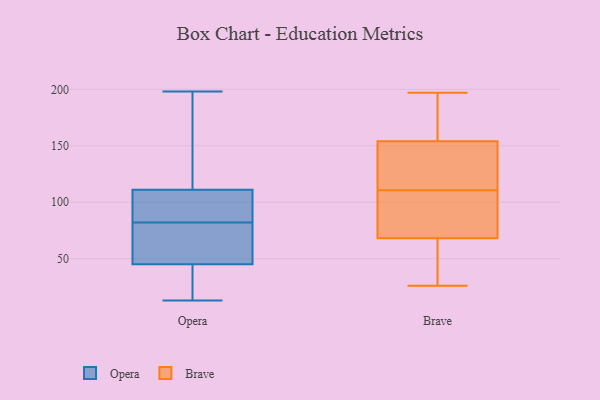
{"axis": {"x": "Backlog", "y": "Value"}, "legend": ["Brave", "Opera"], "data": [{"x": "", "y": 23, "type": "Opera"}, {"x": "", "y": 33, "type": "Opera"}, {"x": "", "y": 13, "type": "Opera"}, {"x": "", "y": 59, "type": "Opera"}, {"x": "", "y": 57, "type": "Opera"}, {"x": "", "y": 104, "type": "Opera"}, {"x": "", "y": 45, "type": "Opera"}, {"x": "", "y": 87, "type": "Opera"}, {"x": "", "y": 88, "type": "Opera"}, {"x": "", "y": 111, "type": "Opera"}, {"x": "", "y": 57, "type": "Opera"}, {"x": "", "y": 198, "type": "Opera"}, {"x": "", "y": 119, "type": "Opera"}, {"x": "", "y": 165, "type": "Opera"}, {"x": "", "y": 105, "type": "Opera"}, {"x": "", "y": 25, "type": "Opera"}, {"x": "", "y": 155, "type": "Opera"}, {"x": "", "y": 77, "type": "Opera"}, {"x": "", "y": 161, "type": "Brave"}, {"x": "", "y": 80, "type": "Brave"}, {"x": "", "y": 110, "type": "Brave"}, {"x": "", "y": 170, "type": "Brave"}, {"x": "", "y": 86, "type": "Brave"}, {"x": "", "y": 26, "type": "Brave"}, {"x": "", "y": 168, "type": "Brave"}, {"x": "", "y": 147, "type": "Brave"}, {"x": "", "y": 115, "type": "Brave"}, {"x": "", "y": 111, "type": "Brave"}, {"x": "", "y": 49, "type": "Brave"}, {"x": "", "y": 111, "type": "Brave"}, {"x": "", "y": 109, "type": "Brave"}, {"x": "", "y": 197, "type": "Brave"}, {"x": "", "y": 56, "type": "Brave"}, {"x": "", "y": 107, "type": "Brave"}, {"x": "", "y": 172, "type": "Brave"}, {"x": "", "y": 33, "type": "Brave"}, {"x": "", "y": 41, "type": "Brave"}, {"x": "", "y": 137, "type": "Brave"}]}